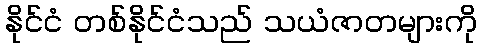
နိုင်ငံ တစ်နိုင်ငံသည် သယံဇာတများကို